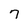
Character: 7